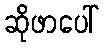
ဆိုဖာပေါ်